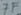
Text: 7F